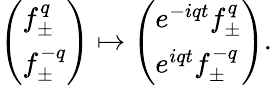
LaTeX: \left(\begin{array}{l}{{f_{\pm}^{q}}}\\ {{f_{\pm}^{-q}}}\end{array}\right)\mapsto\left(\begin{array}{l}{{e^{-iqt}f_{\pm}^{q}}}\\ {{e^{iqt}f_{\pm}^{-q}}}\end{array}\right).